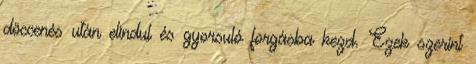
döccenés után elindul és gyorsuló forgásba kezd. Ezek szerint